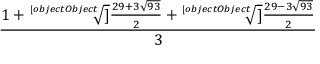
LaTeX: \frac { 1 + { \sqrt [ [object Object] ] { \frac { 2 9 + 3 { \sqrt { 9 3 } } } { 2 } } } + { \sqrt [ [object Object] ] { \frac { 2 9 - 3 { \sqrt { 9 3 } } } { 2 } } } } { 3 }